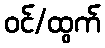
ဝင်/ထွက်